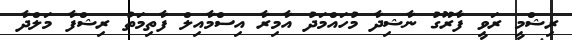
ރިޝްމީ ރަވީ ފާރޫގު ނާޝިދާ މުހައްމަދު އާމިރާ އިސްމާއިލް ފާތިމަތު ރިޝްފާ މަލްދާ